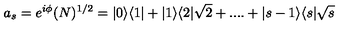
a _ { s } = e ^ { i \phi } ( N ) ^ { 1 / 2 } = | 0 \rangle \langle 1 | + | 1 \rangle \langle 2 | \sqrt { 2 } + . . . . + | s - 1 \rangle \langle s | \sqrt { s }